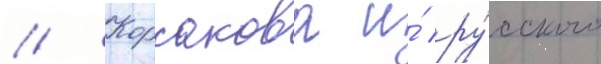
// Корсакова и́ ру́сского